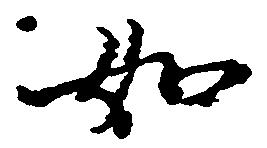
如